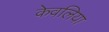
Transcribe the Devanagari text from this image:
केवलिया